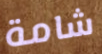
شامة